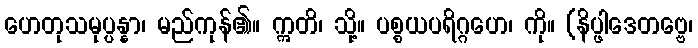
ဟေတုသမုပ္ပန္နာ၊ မည်ကုန်၏။ ဣတိ၊ သို့။ ပစ္စယပရိဂ္ဂဟေ၊ ကို။ (နိပ္ဖါဒေတဗ္ဗေ၊